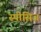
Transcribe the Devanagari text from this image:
स्पीसिज